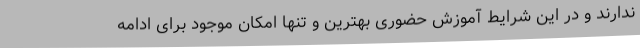
ندارند و در این شرایط آموزش حضوری بهترین و تنها امکان موجود برای ادامه